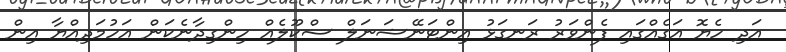
އަދި ހެޔޮ އަގެއްގައި ފެންވަރު ރަނގަޅު އިންޓަނޭޝަނަލް ސްކޫލެއް ހިންގިދާނެކަން އަހުމަދިއްޔާ އިން